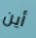
أين